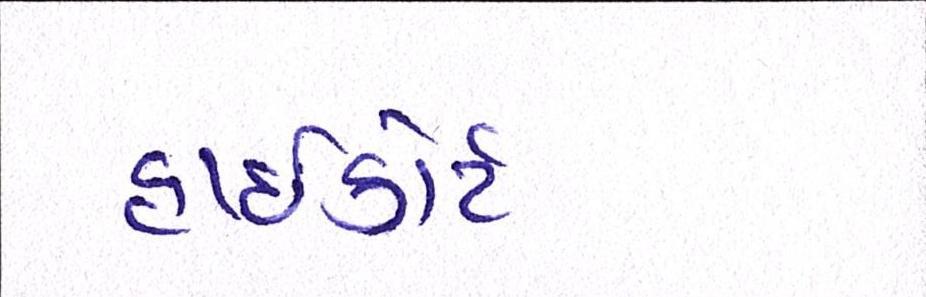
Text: હાઈકોર્ટ